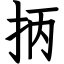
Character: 抦